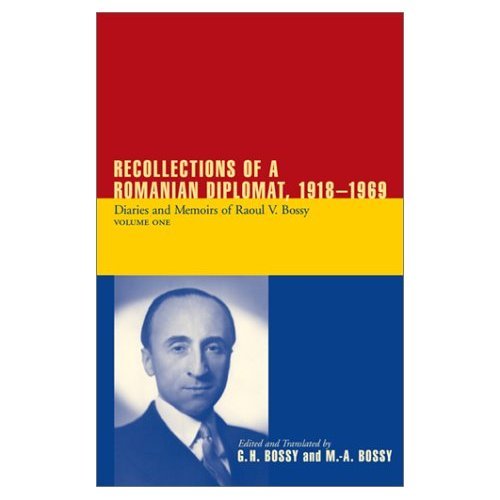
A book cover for Recollections of a Romanian Diplomat, 1918-1969: Diaries and Memoirs of Raoul Bossy (Archival Documentary); Raoul V. Bossy; History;